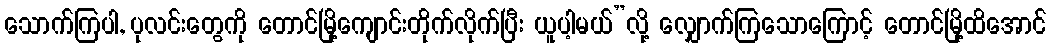
သောက်ကြပါ, ပုလင်းတွေကို တောင်မြို့ကျောင်းတိုက်လိုက်ပြီး ယူပါ့မယ်”လို့ လျှောက်ကြသောကြောင့် တောင်မြို့ထိအောင်